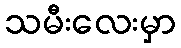
သမီးလေးမှာ